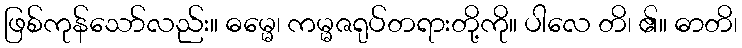
ဖြစ်ကုန်သော်လည်း။ ဓမ္မေ၊ ကမ္မဇရုပ်တရားတို့ကို။ ပါလေ တိ၊ ၏။ ဓာတိ၊